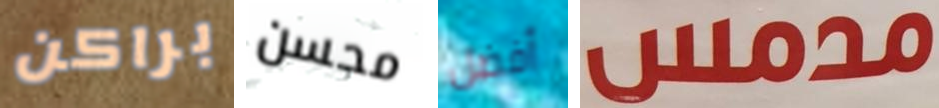
براكن محسن أفضل مدمس